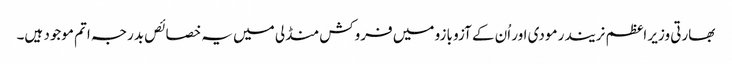
بھارتی وزیر اعظم نریندر مودی اور اُن کے آزو بازو میں فروکش منڈلی میں یہ خصائص بدرجہ اتم موجود ہیں۔